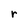
Character: r